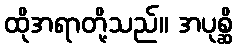
ထိုအရာတို့သည်။ အပုစ္ဆိ